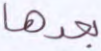
بعدها